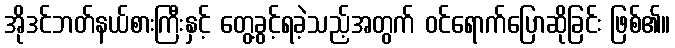
အိုဒင်ဘတ်နယ်စားကြီးနှင့် တွေ့ခွင့်ရခဲ့သည့်အတွက် ဝင်ရောက်ပြောဆိုခြင်း ဖြစ်၏။